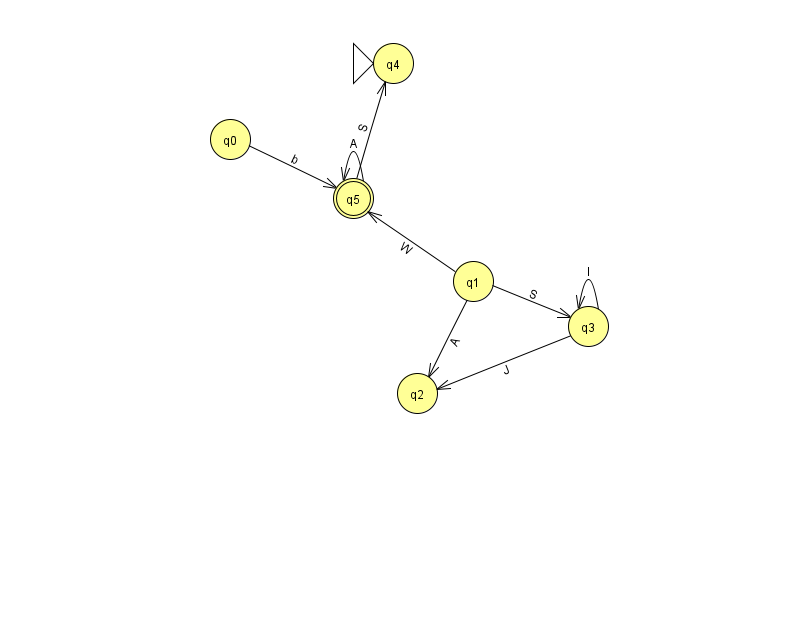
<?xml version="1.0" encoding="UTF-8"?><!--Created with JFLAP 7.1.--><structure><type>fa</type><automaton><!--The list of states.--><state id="0" name="q0"><x>230.0</x><y>126.0</y></state><state id="1" name="q1"><x>473.0</x><y>268.0</y></state><state id="2" name="q2"><x>417.0</x><y>380.0</y></state><state id="3" name="q3"><x>588.0</x><y>313.0</y></state><state id="4" name="q4"><x>393.0</x><y>50.0</y><initial/></state><state id="5" name="q5"><x>353.0</x><y>185.0</y><final/></state><!--The list of transitions.--><transition><from>5</from><to>5</to><read>A</read></transition><transition><from>0</from><to>5</to><read>b</read></transition><transition><from>1</from><to>5</to><read>W</read></transition><transition><from>1</from><to>3</to><read>S</read></transition><transition><from>3</from><to>3</to><read>l</read></transition><transition><from>1</from><to>2</to><read>A</read></transition><transition><from>5</from><to>4</to><read>S</read></transition><transition><from>3</from><to>2</to><read>J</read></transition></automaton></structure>